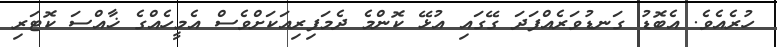
ހުރެއެވެ. އެބޮޑު ގަނޑުވަރެއްފަދަ ގޭގައި އުޅޭ ކޮންމެ ދެމަފިރިއަކަށްވެސް އެމީހެއްގެ ޚާއްސަ ކޮޓަރި